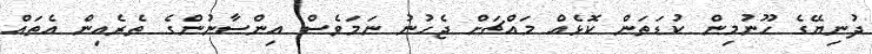
ދުނިޔޭގެ ހޫނުމިން ކުޑަތަން ކޮޅެއް މައްޗަށް ޖެހުނު ނަމަވެސް އިންސާނުންގެ ތެރެއިން އެތައް